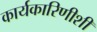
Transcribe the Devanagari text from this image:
कार्यकारिणीशी